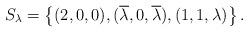
LaTeX: \begin{align*} S_\lambda = \left\{ (2, 0, 0), (\overline{\lambda}, 0, \overline{\lambda}), (1,1,\lambda) \right\}.\end{align*}